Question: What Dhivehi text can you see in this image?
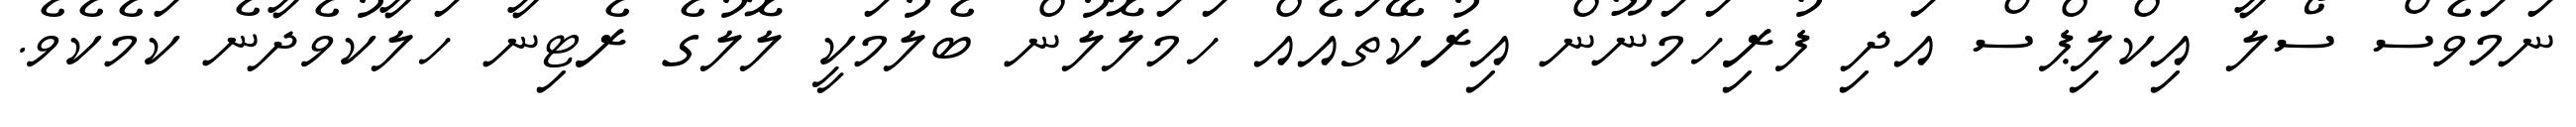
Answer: ނަމަވެސް ސޯލާ އިކްލިޕްސް އަދި ފުރިހަމަނޫން އިރުކޭތައެއް ހަމަލޮލުން ބެލުމަކީ ލޮލުގެ ރެޓިނާ ހަލާކުވެދާނެ ކަމެކެވެ.